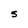
Character: 5